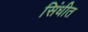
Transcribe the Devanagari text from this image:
सिंधीत